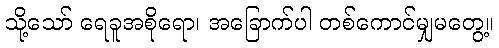
သို့သော် ရေခူအစိုရော၊ အခြောက်ပါ တစ်ကောင်မျှမတွေ့။